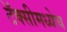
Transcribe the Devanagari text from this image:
टॅक्सीमध्येच